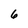
Character: 6